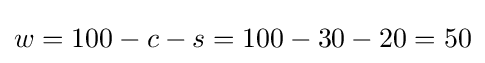
w=100-c-s=100-30-20=50